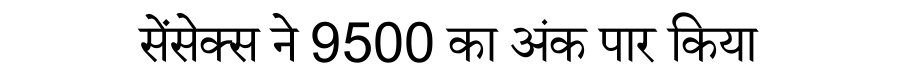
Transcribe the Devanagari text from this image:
सेंसेक्स ने 9500 का अंक पार किया